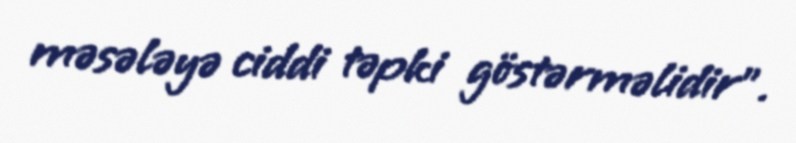
məsələyə ciddi təpki göstərməlidir”.